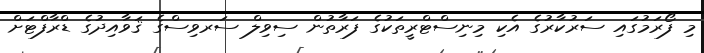
މި ފޯރަމުގައި ސަރުކާރުގެ އެކި މިނިސްޓްރީތަކުގެ ފަރާތުން ސިވިލް ސަރވިސްގެ ޤަވާއިދުގެ ޑްރާފްޓަށް